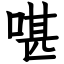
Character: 啿